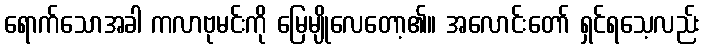
ရောက်သောအခါ ကလာဗုမင်းကို မြေမျိုလေတော့၏။ အလောင်းတော် ရှင်ရသေ့လည်း